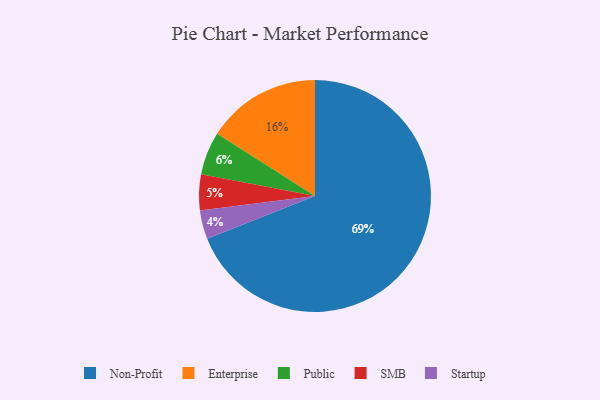
{"axis": {"x": "Category", "y": "Percentage"}, "legend": ["Enterprise", "Non-Profit", "Public", "SMB", "Startup"], "data": [{"x": "Startup", "y": 4, "type": "Startup"}, {"x": "Enterprise", "y": 16, "type": "Enterprise"}, {"x": "SMB", "y": 5, "type": "SMB"}, {"x": "Non-Profit", "y": 69, "type": "Non-Profit"}, {"x": "Public", "y": 6, "type": "Public"}]}